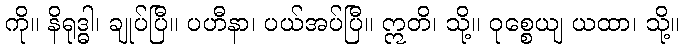
ကို။ နိရုဒ္ဓါ၊ ချုပ်ပြီ။ ပဟီနာ၊ ပယ်အပ်ပြီ။ ဣတိ၊ သို့။ ဝုစ္စေယျ ယထာ၊ သို့။